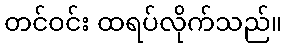
တင်ဝင်း ထရပ်လိုက်သည်။